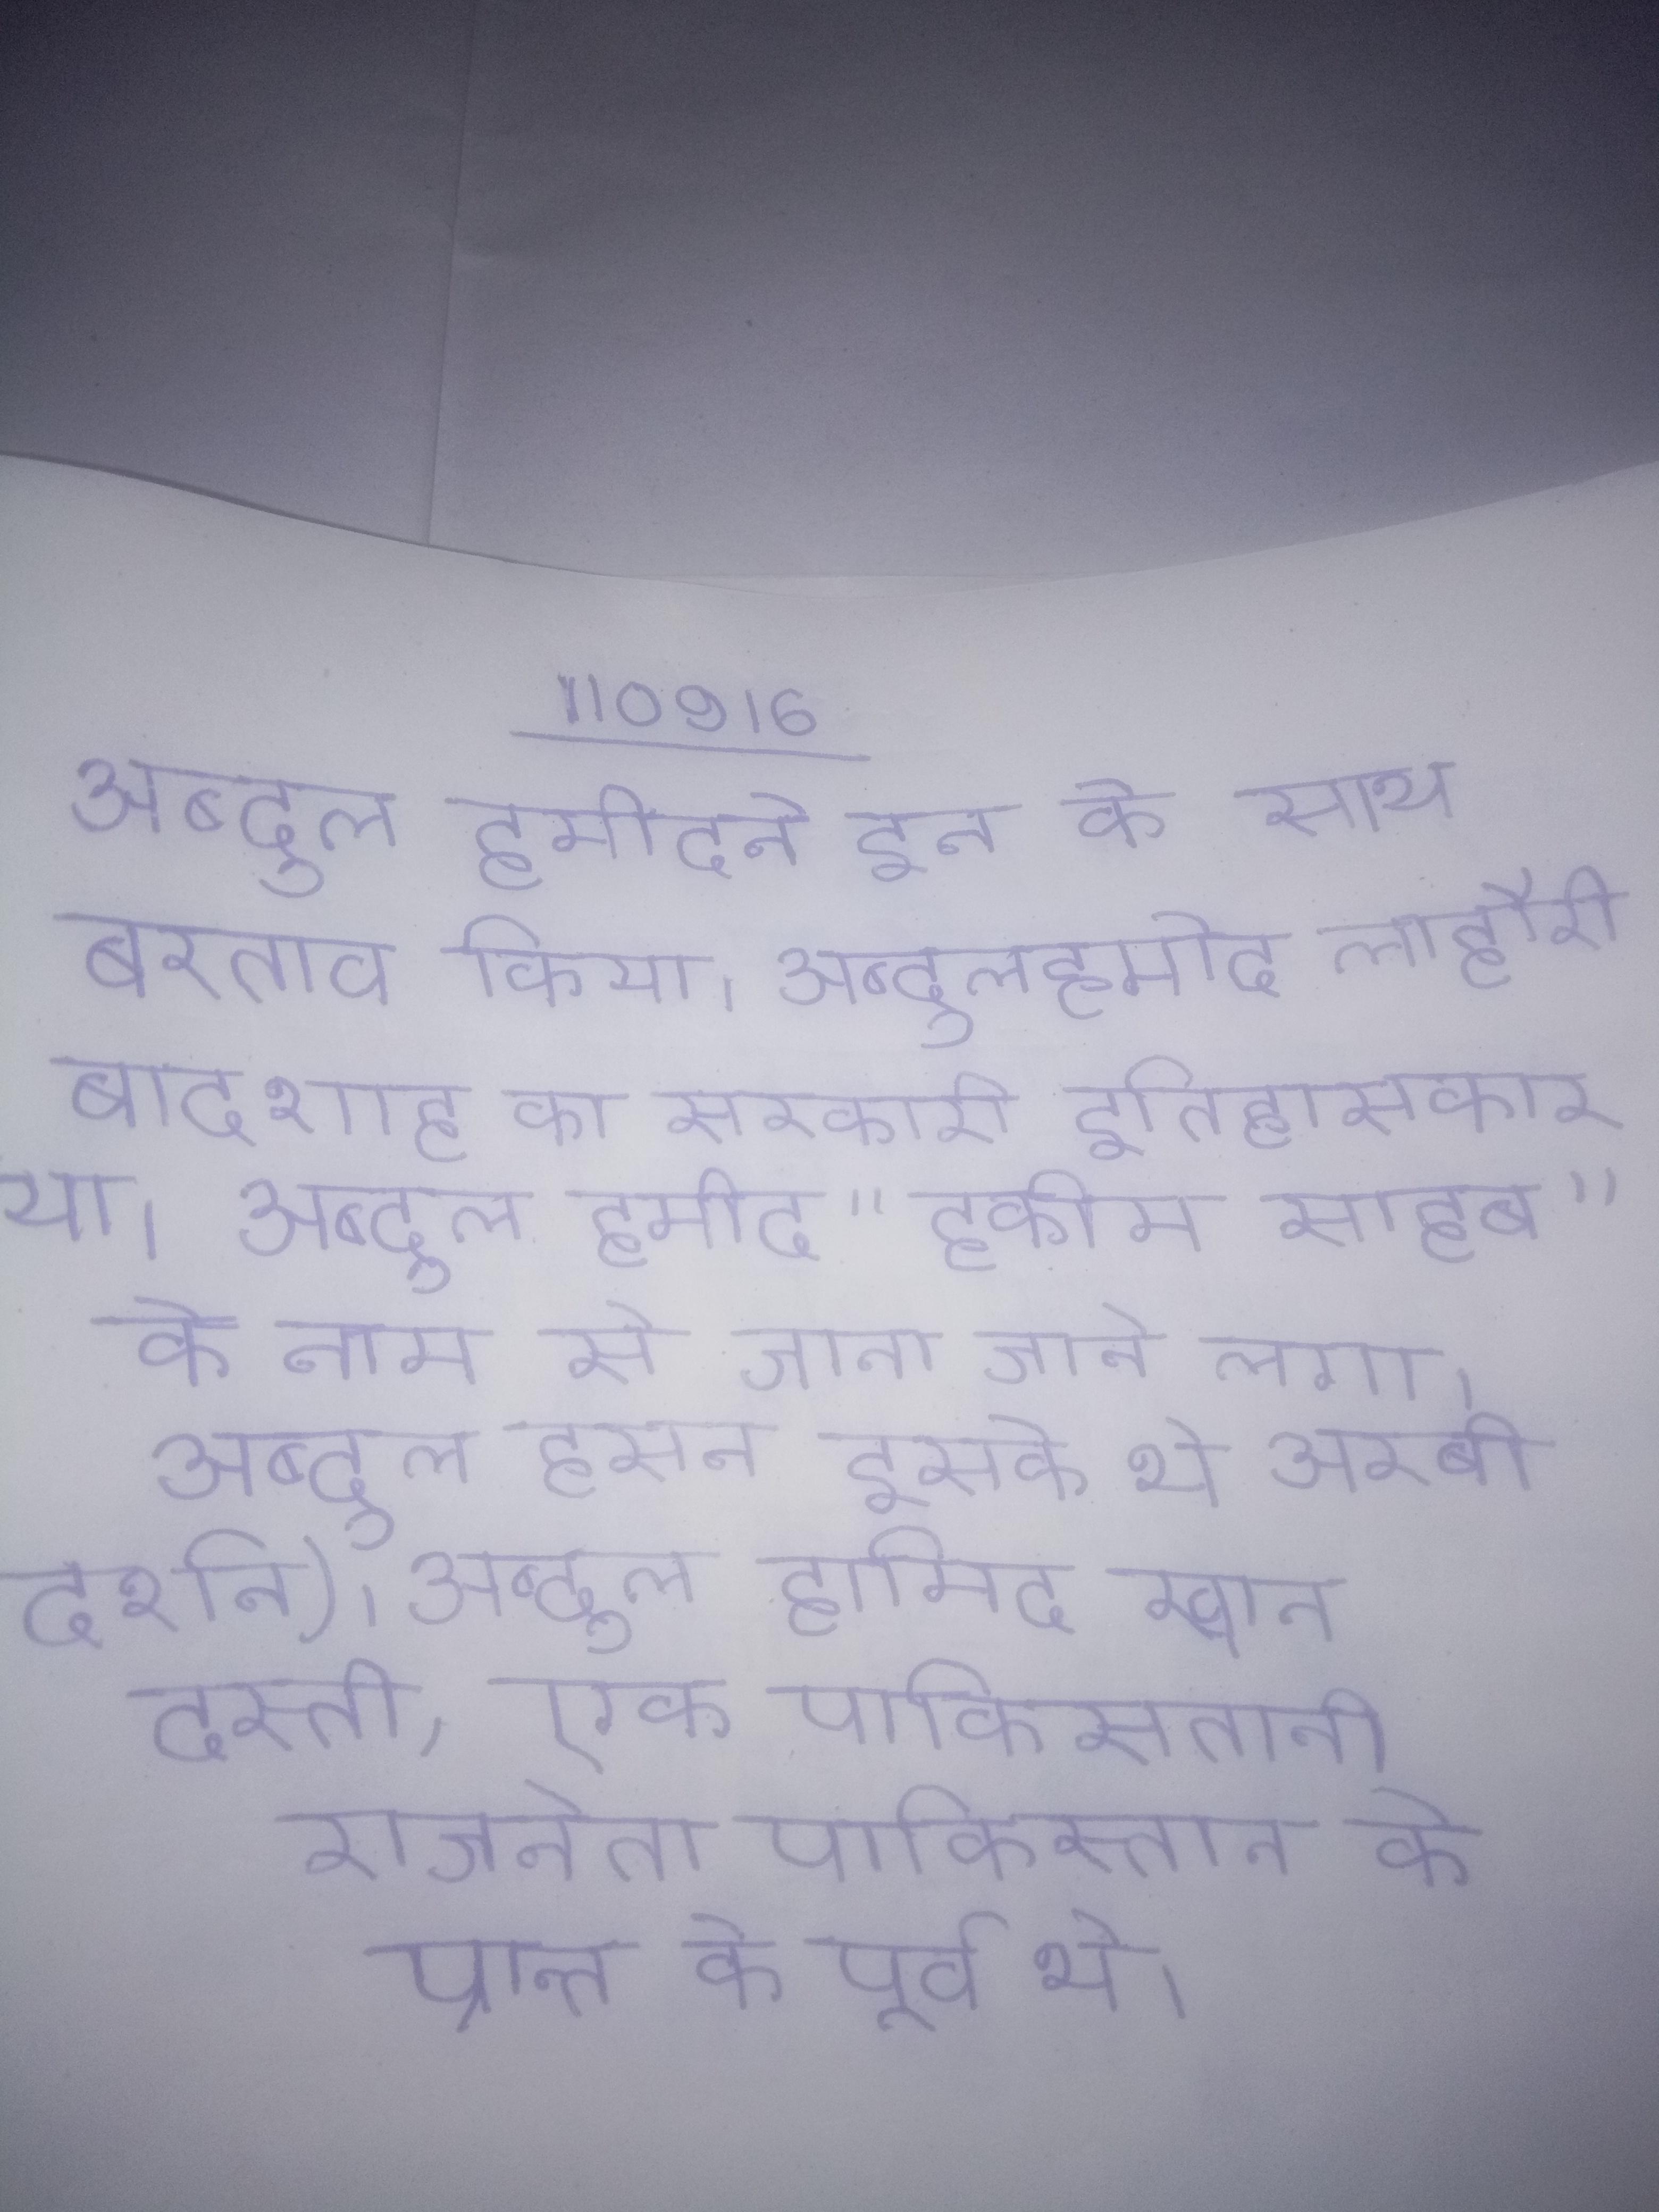
अब्दुल हमीद ने इन के साथ बरताव किया । अब्दुल हमीद लाहौरी बादशाह का सरकारी इतिहासकार था । अब्दुल हमीद "हकीम साहब" के नाम से जाना जाने लगा । अब्दुल हसन इसके थे अरबी दर्शन) । अब्दुल हामिद खान दस्ती, एक पाकिस्तानी राजनेता पाकिस्तान के प्रान्त के पूर्व थे ।